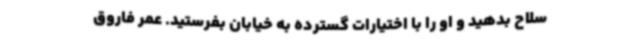
سلاح بدهید و او را با اختیارات گسترده به خیابان بفرستید. عمر فاروق